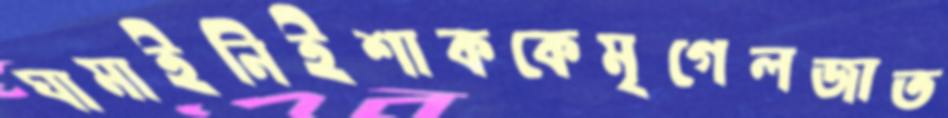
ঘামাইনিইশাককেমৃগেলজাত